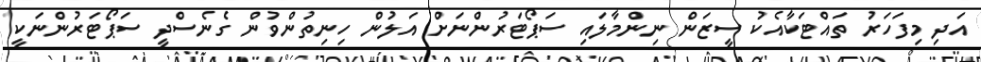
އަދި މިފަހަރު ތައްޓަކާއެކު ސީޒަން ނިންމާލައި ސަޕޯޓަރުންނަށް އަލުން ހިނިތުންވުން ގެނެސްދީ ސަޕޯޓަރުންނަކީ